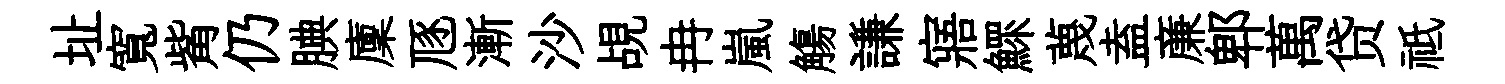
址寬觜仍腆廩豗漸沙覘冉嵐觴謙寤鰥蔑盍亷郫萬贷祗